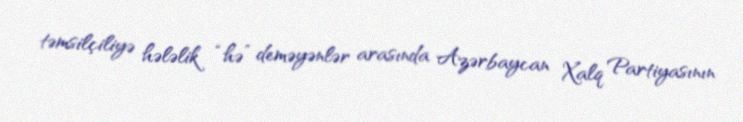
təmsilçiliyə hələlik “hə” deməyənlər arasında Azərbaycan Xalq Partiyasının